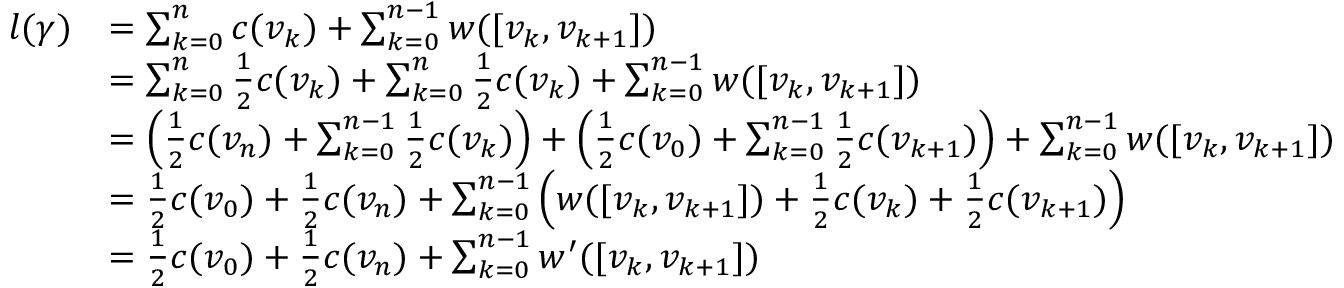
\begin{array} { r l } { l ( \gamma ) } & { = \sum _ { k = 0 } ^ { n } c ( v _ { k } ) + \sum _ { k = 0 } ^ { n - 1 } w ( [ v _ { k } , v _ { k + 1 } ] ) } \\ & { = \sum _ { k = 0 } ^ { n } \frac { 1 } { 2 } c ( v _ { k } ) + \sum _ { k = 0 } ^ { n } \frac { 1 } { 2 } c ( v _ { k } ) + \sum _ { k = 0 } ^ { n - 1 } w ( [ v _ { k } , v _ { k + 1 } ] ) } \\ & { = \left( \frac { 1 } { 2 } c ( v _ { n } ) + \sum _ { k = 0 } ^ { n - 1 } \frac { 1 } { 2 } c ( v _ { k } ) \right) + \left( \frac { 1 } { 2 } c ( v _ { 0 } ) + \sum _ { k = 0 } ^ { n - 1 } \frac { 1 } { 2 } c ( v _ { k + 1 } ) \right) + \sum _ { k = 0 } ^ { n - 1 } w ( [ v _ { k } , v _ { k + 1 } ] ) } \\ & { = \frac { 1 } { 2 } c ( v _ { 0 } ) + \frac { 1 } { 2 } c ( v _ { n } ) + \sum _ { k = 0 } ^ { n - 1 } \left( w ( [ v _ { k } , v _ { k + 1 } ] ) + \frac { 1 } { 2 } c ( v _ { k } ) + \frac { 1 } { 2 } c ( v _ { k + 1 } ) \right) } \\ & { = \frac { 1 } { 2 } c ( v _ { 0 } ) + \frac { 1 } { 2 } c ( v _ { n } ) + \sum _ { k = 0 } ^ { n - 1 } w ^ { \prime } ( [ v _ { k } , v _ { k + 1 } ] ) } \end{array}